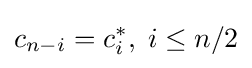
c_{n-i}=c_{i}^{*},\;i\leq n/2